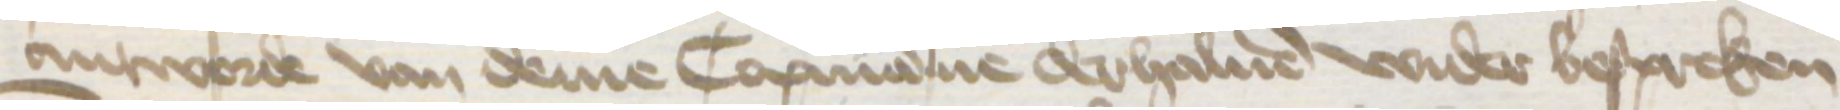
antworde van deme Copmanne derhaluen wider bespreken